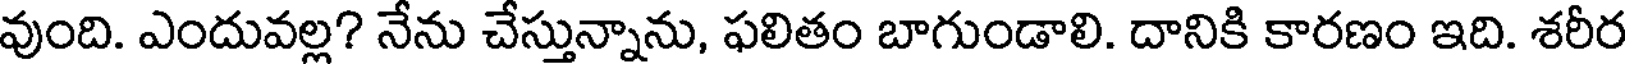
వుంది. ఎందువల్ల? నేను చేస్తున్నాను, ఫలితం బాగుండాలి. దానికి కారణం ఇది. శరీర